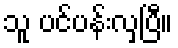
သူ ပင်ပန်းလှပြီ။